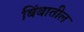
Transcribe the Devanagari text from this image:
बिंबातील